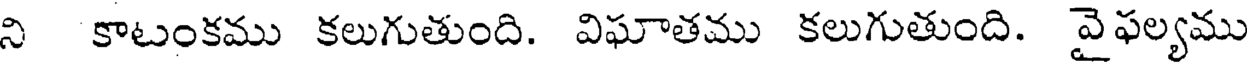
ని కాటంకము కలుగుతుంది. విఘాతము కలుగుతుంది. వైఫల్యము